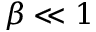
\beta \ll 1